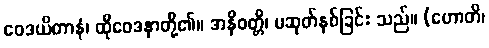
ဝေဒယိတာနံ၊ ထိုဝေဒနာတို့၏။ အနိဝတ္တိ၊ မဆုတ်နစ်ခြင်း သည်။ (ဟောတိ၊